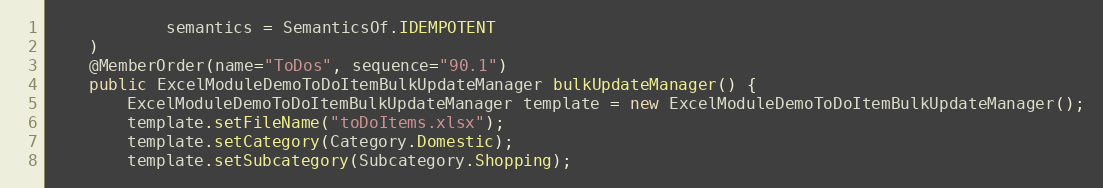
Language: Java
            semantics = SemanticsOf.IDEMPOTENT
    )
    @MemberOrder(name="ToDos", sequence="90.1")
    public ExcelModuleDemoToDoItemBulkUpdateManager bulkUpdateManager() {
        ExcelModuleDemoToDoItemBulkUpdateManager template = new ExcelModuleDemoToDoItemBulkUpdateManager();
        template.setFileName("toDoItems.xlsx");
        template.setCategory(Category.Domestic);
        template.setSubcategory(Subcategory.Shopping);